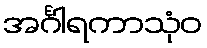
အင်္ဂါရကာသုံဝ